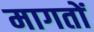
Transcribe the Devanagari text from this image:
मागतों